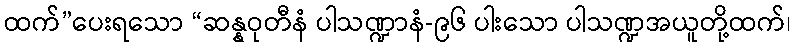
ထက်”ပေးရသော “ဆန္နဝုတီနံ ပါသဏ္ဍာနံ-၉၆ ပါးသော ပါသဏ္ဍအယူတို့ထက်၊